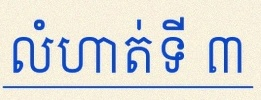
លំហាត់ទី ៣